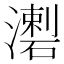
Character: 𤀦